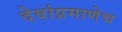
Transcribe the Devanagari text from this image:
देवांप्रमाणेच